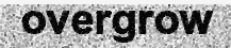
overgrow